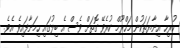
ހުރިހާ އިނާޔަތަކުން މަހްރޫމް ކުރެވޭ ގޮތަށް ވެސް އެ ބިލުގައި ހިމަނާފައިވެ އެވެ.